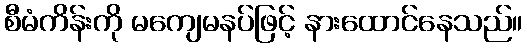
စီမံကိန်းကို မကျေမနပ်ဖြင့် နားထောင်နေသည်။